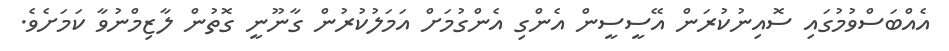
އެއްބަސްވުމުގައި ސޮއިނުކުރަން އޭސީސީން އެންގި އެންގުމަށް އަމަލުކުރުން ގާނޫނީ ގޮތުން ލާޒިމްނުވާ ކަމަށެވެ.